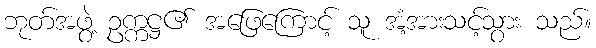
ဘုတ်အဖွဲ့ ဥက္ကဋ္ဌ၏ အဖြေကြောင့် သူ အံ့အားသင့်သွား သည်။